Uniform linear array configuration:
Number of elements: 8
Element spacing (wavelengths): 0.25
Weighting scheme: binomial
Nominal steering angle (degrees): -45
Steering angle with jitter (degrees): -44.511
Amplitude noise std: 0.05
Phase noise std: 0.05

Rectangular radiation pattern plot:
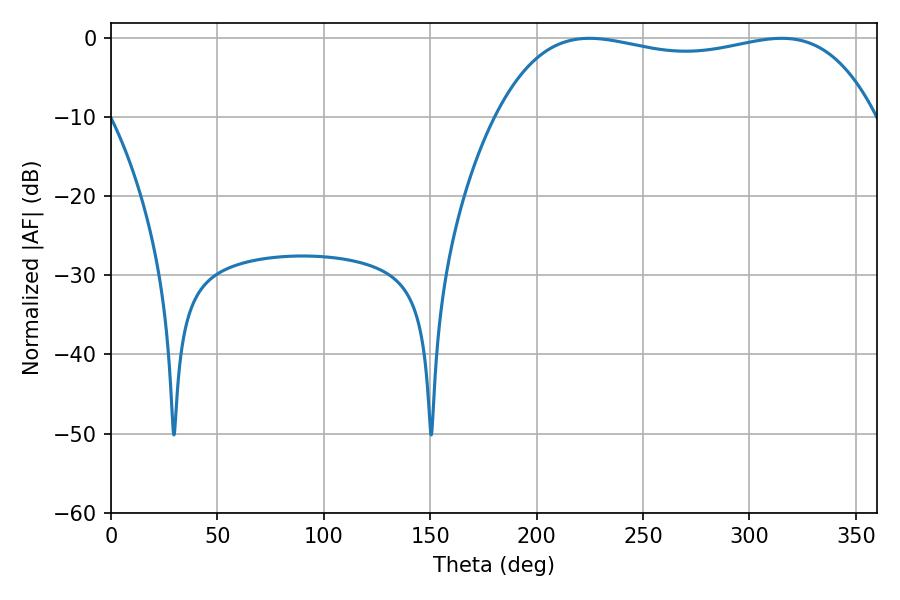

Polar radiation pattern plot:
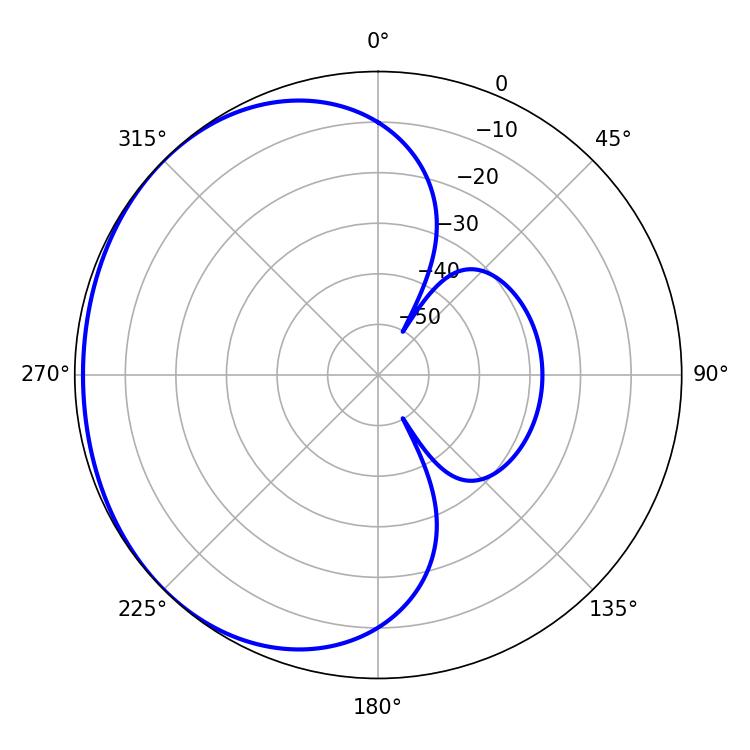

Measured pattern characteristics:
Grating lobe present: FALSE
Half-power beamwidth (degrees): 144
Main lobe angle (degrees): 224.82